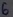
Text: 6